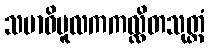
သမာဓိမူလကကလ္လိတသုတ္တံ